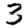
Digit: 3